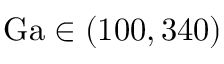
\mathrm { G a } \in ( 1 0 0 , 3 4 0 )